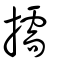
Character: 擩